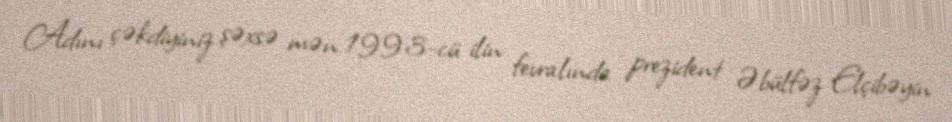
Adını çəkdiyiniz şəxsə mən 1993-cü ilin fevralında prezident Əbülfəz Elçibəyin